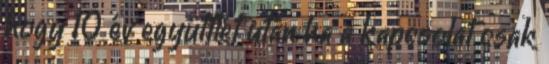
hogy 10 év együttlét után ha a kapcsolat csak